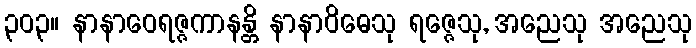
၃၀၃။ နာနာဝေရဇ္ဇကာနန္တိ နာနာဝိဓေသု ရဇ္ဇေသု, အညေသု အညေသု